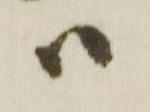
ハ